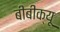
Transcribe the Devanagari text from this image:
बीबीक्यू